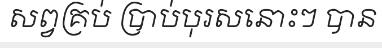
សព្វគ្រប់ ប្រាប់បុរសនោះៗ បាន